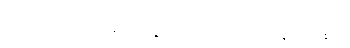
တတော၊ ထိုအခါ၌။ တွံ၊ သင်သည်။ ယေနယေနဝ၊